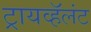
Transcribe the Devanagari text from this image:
ट्रायव्हॅलंट